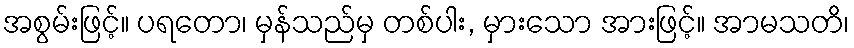
အစွမ်းဖြင့်။ ပရတော၊ မှန်သည်မှ တစ်ပါး, မှားသော အားဖြင့်။ အာမသတိ၊